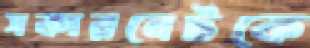
সকারনেটকে